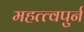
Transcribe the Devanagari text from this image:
महत्त्वपुर्न